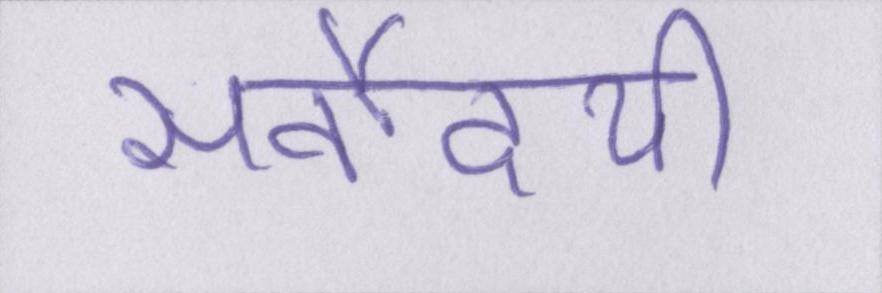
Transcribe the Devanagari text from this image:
सर्वोदयी